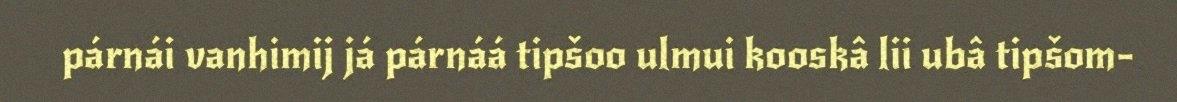
párnái vanhimij já párnáá tipšoo ulmui kooskâ lii ubâ tipšom-